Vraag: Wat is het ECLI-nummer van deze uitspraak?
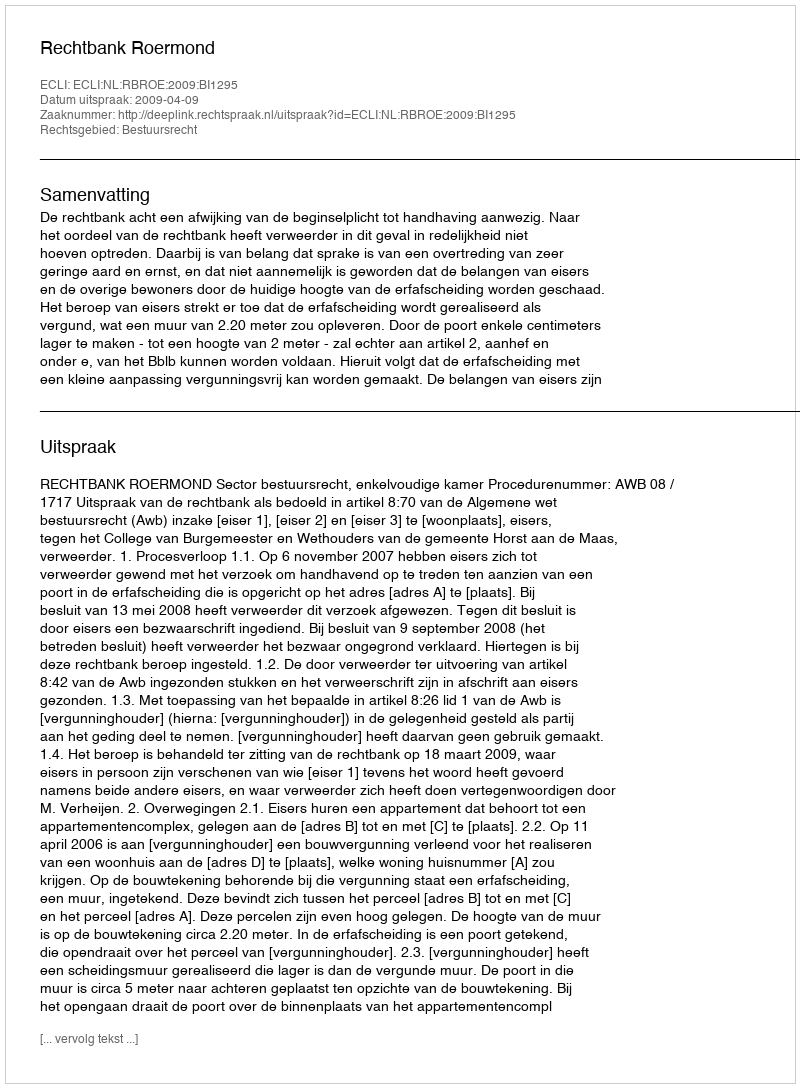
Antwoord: ECLI:NL:RBROE:2009:BI1295